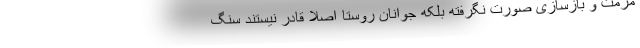
مرمت و بازسازی صورت نگرفته بلکه جوانان روستا اصلا قادر نیستند سنگ